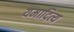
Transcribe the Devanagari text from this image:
यमादित्य